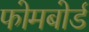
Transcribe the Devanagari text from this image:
फोमबोर्ड